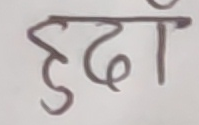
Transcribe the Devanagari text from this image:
हुदाँ